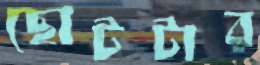
ছোটটার